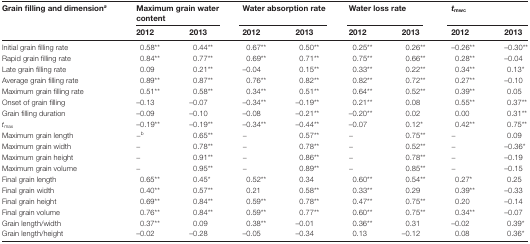
<table><thead><tr><td rowspan="2"><b>Grain filling and dimension<sup><i>a</i></sup></b></td><td colspan="2"><b>Maximum grain water content</b></td><td colspan="2"><b>Water absorption rate</b></td><td colspan="2"><b>Water loss rate</b></td><td colspan="2"><b><i>t</i><sub>mwc</sub></b></td></tr></thead><tbody><tr><td><b>2012</b></td><td><b>2013</b></td><td><b>2012</b></td><td><b>2013</b></td><td><b>2012</b></td><td><b>2013</b></td><td><b>2012</b></td><td><b>2013</b></td></tr><tr><td>Initial grain filling rate</td><td>0.58**</td><td>0.44**</td><td>0.67**</td><td>0.50**</td><td>0.25**</td><td>0.26**</td><td>–0.26**</td><td>–0.30**</td></tr><tr><td>Rapid grain filling rate</td><td>0.84**</td><td>0.77**</td><td>0.69**</td><td>0.71**</td><td>0.75**</td><td>0.66**</td><td>0.28**</td><td>–0.04</td></tr><tr><td>Late grain filling rate</td><td>0.09</td><td>0.21**</td><td>–0.04</td><td>0.15**</td><td>0.33**</td><td>0.22**</td><td>0.34**</td><td>0.13*</td></tr><tr><td>Average grain filling rate</td><td>0.89**</td><td>0.87**</td><td>0.76**</td><td>0.82**</td><td>0.82**</td><td>0.72**</td><td>0.27**</td><td>–0.10</td></tr><tr><td>Maximum grain filling rate</td><td>0.51**</td><td>0.58**</td><td>0.34**</td><td>0.51**</td><td>0.64**</td><td>0.52**</td><td>0.39**</td><td>0.05</td></tr><tr><td>Onset of grain filling</td><td>–0.13</td><td>–0.07</td><td>–0.34**</td><td>–0.19**</td><td>0.21**</td><td>0.08</td><td>0.55**</td><td>0.37**</td></tr><tr><td>Grain filling duration</td><td>–0.09</td><td>–0.10</td><td>–0.08</td><td>–0.21**</td><td>–0.20**</td><td>0.02</td><td>0.00</td><td>0.31**</td></tr><tr><td><i>t</i><sub>max</sub></td><td>–0.19**</td><td>–0.19**</td><td>–0.34**</td><td>–0.44**</td><td>–0.07</td><td>0.12*</td><td>0.42**</td><td>0.75**</td></tr><tr><td>Maximum grain length</td><td>−<sup>b</sup></td><td>0.65**</td><td>−</td><td>0.57**</td><td>−</td><td>0.75**</td><td>−</td><td>0.09</td></tr><tr><td>Maximum grain width</td><td>−</td><td>0.78**</td><td>−</td><td>0.78**</td><td>−</td><td>0.52**</td><td>−</td><td>–0.36*</td></tr><tr><td>Maximum grain height</td><td>−</td><td>0.91**</td><td>−</td><td>0.86**</td><td>−</td><td>0.78**</td><td>−</td><td>–0.19</td></tr><tr><td>Maximum grain volume</td><td>−</td><td>0.95**</td><td>−</td><td>0.89**</td><td>−</td><td>0.85**</td><td>−</td><td>–0.15</td></tr><tr><td>Final grain length</td><td>0.65**</td><td>0.45*</td><td>0.52**</td><td>0.34</td><td>0.60**</td><td>0.54**</td><td>0.27*</td><td>0.25</td></tr><tr><td>Final grain width</td><td>0.40**</td><td>0.57**</td><td>0.21</td><td>0.58**</td><td>0.33**</td><td>0.29</td><td>0.39**</td><td>–0.33</td></tr><tr><td>Final grain height</td><td>0.69**</td><td>0.84**</td><td>0.59**</td><td>0.78**</td><td>0.47**</td><td>0.75**</td><td>0.20</td><td>–0.14</td></tr><tr><td>Final grain volume</td><td>0.76**</td><td>0.84**</td><td>0.59**</td><td>0.77**</td><td>0.60**</td><td>0.75**</td><td>0.34**</td><td>–0.07</td></tr><tr><td>Grain length/width</td><td>0.37**</td><td>0.09</td><td>0.38**</td><td>–0.01</td><td>0.36**</td><td>0.31</td><td>–0.02</td><td>0.39*</td></tr><tr><td>Grain length/height</td><td>–0.02</td><td>–0.28</td><td>–0.05</td><td>–0.34</td><td>0.13</td><td>–0.12</td><td>0.08</td><td>0.36*</td></tr></tbody></table>